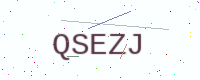
Text: QSEZJ